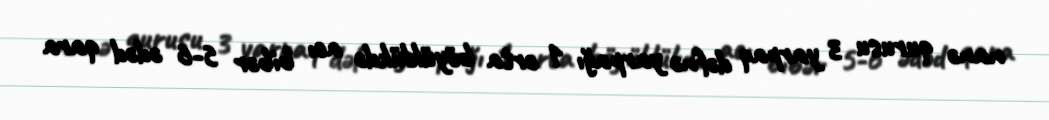
nanə qurusu 3 yarpaq dəfnə yarpağı 1 orta böyüklükdə acı bibər 5-6 ədəd qara